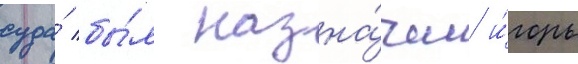
суда́ бы́л назна́чен и́горь